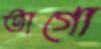
তাগো